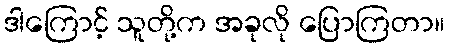
ဒါကြောင့် သူတို့က အခုလို ပြောကြတာ။